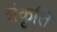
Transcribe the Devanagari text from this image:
शंकृति